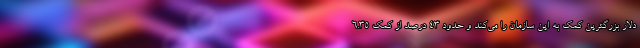
دلار بزرگترین کمک به این سازمان را می‌کند و حدود 43 درصد از کمک 6.35